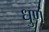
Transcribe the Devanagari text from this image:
धुणं